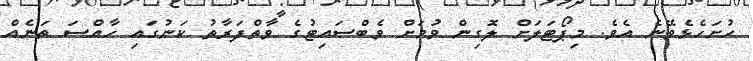
ހުށަހެޅެވޭނެ އެވެ. މިޕޯޓަލަށް ލޮގިން ވުމަށް ވެބްސައިޓުގެ ވާތްފަރާތު ކަނުގައި ހާއްސަ ތަނެއް